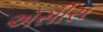
એસીસ